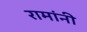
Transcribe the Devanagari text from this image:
रामांनी